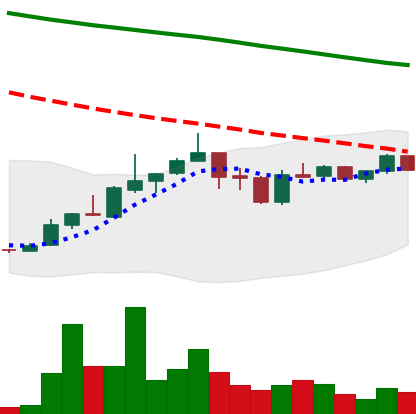
Ticker: ADA-USD
Chart end date: 2019-01-03
Forward return: 13.69%
Label: up_7plus